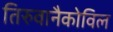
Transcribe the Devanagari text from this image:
तिरुवानैकोविल